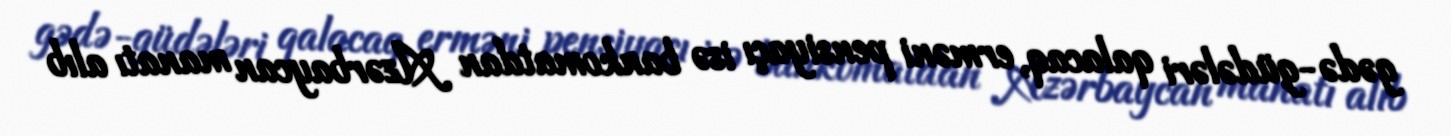
gədə-güdələri qalacaq, erməni pensiyaçı isə bankomatdan Azərbaycan manatı alıb